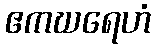
ဧကဃရေဟံ